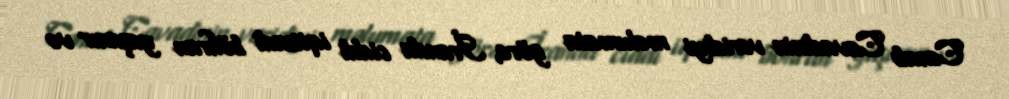
Cənab Cavadinin veridiyi məlumata görə, İranda ciddi iqtisadi böhran yaşanır və